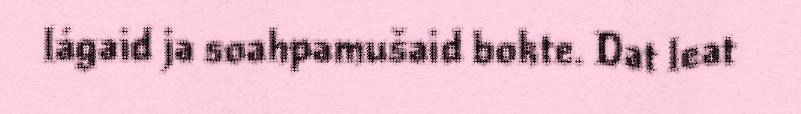
lágaid ja soahpamušaid bokte. Dat leat